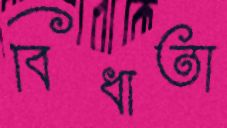
বিধাতা